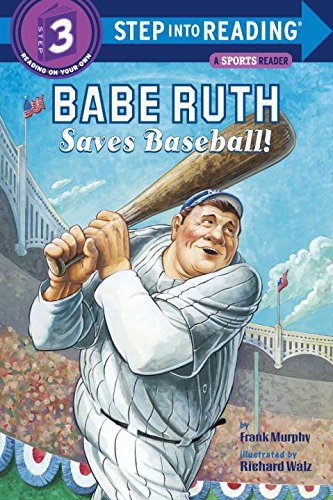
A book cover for Babe Ruth Saves Baseball! (Step into Reading 3); Frank Murphy; Children's Books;